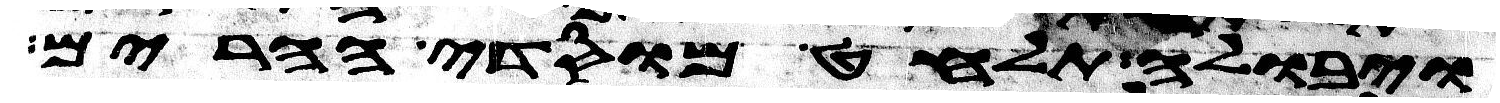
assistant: ויבולה תלחט מוסדי הרים